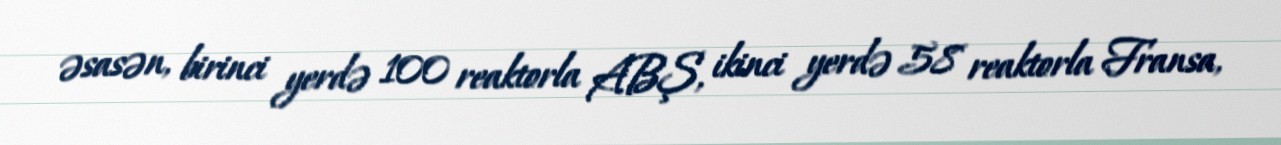
əsasən, birinci yerdə 100 reaktorla ABŞ, ikinci yerdə 58 reaktorla Fransa,